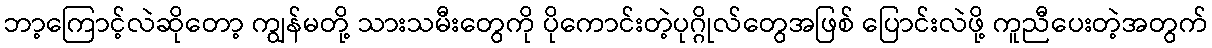
ဘာ့ကြောင့်လဲဆိုတော့ ကျွန်မတို့ သားသမီးတွေကို ပိုကောင်းတဲ့ပုဂ္ဂိုလ်တွေအဖြစ် ပြောင်းလဲဖို့ ကူညီပေးတဲ့အတွက်